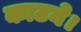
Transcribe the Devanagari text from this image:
काटने।